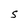
Character: S